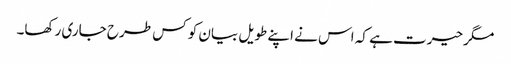
مگر حیرت ہے کہ اس نے اپنے طویل بیان کو کس طرح جاری رکھا۔